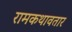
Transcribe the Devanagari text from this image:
रामकथावतार